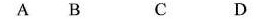
A B C D